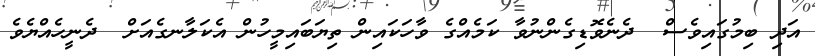
އަދި ބިމުގައިވެސް  ދެނެވޮޑިގެންނުވާ ކަމެއްގެ ވާހަކައިން ތިޔަބައިމީހުން އެކަލާނގެއަށް  ދެނީހެއްޔެވެ